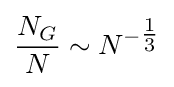
{{\frac {N_{G}}{N}}\sim N^{-{\tfrac {1}{3}}}}